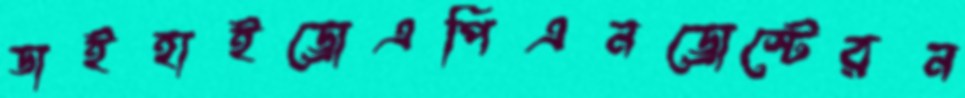
ডাইহাইড্রোএপিএনড্রোস্টেরন